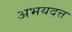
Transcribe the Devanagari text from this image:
अभयदत्त